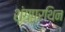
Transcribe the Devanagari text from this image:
शृंगप्रथिन